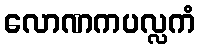
လောဏကပလ္လကံ